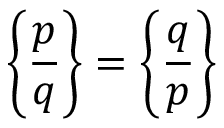
\left\{ { \frac { p } { q } } \right\} = \left\{ { \frac { q } { p } } \right\}